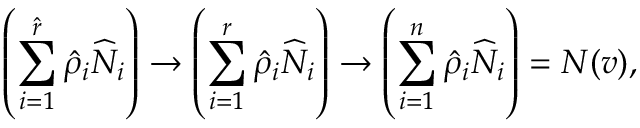
\left( \sum _ { i = 1 } ^ { \ensuremath { \hat { r } } } \ensuremath { \hat { \rho } } _ { i } \ensuremath { \widehat { N } } _ { i } \right) \to \left( \sum _ { i = 1 } ^ { r } \ensuremath { \hat { \rho } } _ { i } \ensuremath { \widehat { N } } _ { i } \right) \to \left( \sum _ { i = 1 } ^ { n } \ensuremath { \hat { \rho } } _ { i } \ensuremath { \widehat { N } } _ { i } \right) = N ( v ) ,